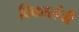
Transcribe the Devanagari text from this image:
विकारांची